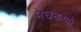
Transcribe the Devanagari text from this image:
मेघकणों